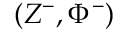
( Z ^ { - } , \Phi ^ { - } )